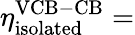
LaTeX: \eta_{\mathrm{isolated}}^{\mathrm{VCB-CB}}=